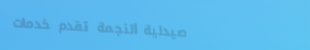
صيدلية النجمة تقدم خدمات